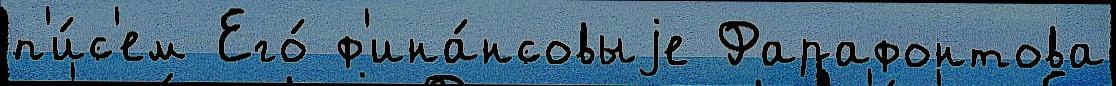
п'и́с'ем Его́ ф'ина́нсовыjе Фарафонтова